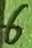
Text: 5